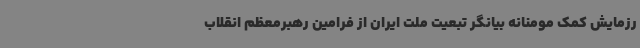
رزمایش کمک مومنانه بیانگر تبعیت ملت ایران از فرامین رهبرمعظم انقلاب